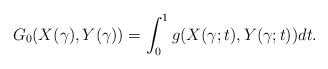
LaTeX: \begin{align*}G_{0}(X(\gamma),Y(\gamma))=\int_0^1g(X(\gamma;t),Y(\gamma;t))dt.\end{align*}